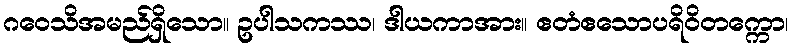
ဂဝေသိအမည်ရှိသော။ ဥပါသကဿ၊ ဒါယကာအား။ ဧတံဧသောပရိဝိတက္ကော၊